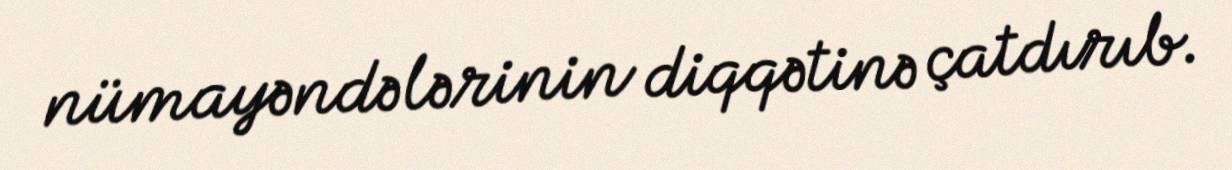
nümayəndələrinin diqqətinə çatdırıb.